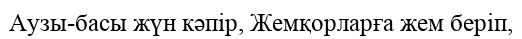
Аузы-басы жүн кәпір, Жемқорларға жем беріп,